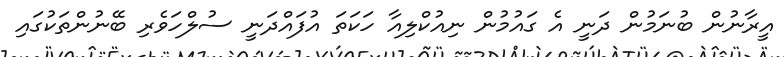
އީރާނުން ބުނަމުން ދަނީ އެ ގައުުމުން ނިއުކްލިއާ ހަކަތަ އުފައްދަނީ ސުލްހަވެރި ބޭނުންތަކުގައި